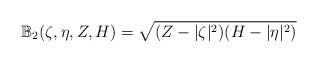
\begin{align*} \mathbb{B}_2(\zeta,\eta,Z,H)=\sqrt{(Z-|\zeta|^2)(H-|\eta|^2)}\end{align*}